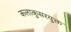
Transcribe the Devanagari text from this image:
कलाकुसरयुक्त